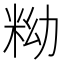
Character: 𥹱